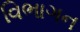
વિભાગન